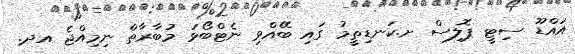
އައްޑޫ ސިޓީ ޕޮލިސް ށ.ކަނޑިތީމު ގައި ބޭއްވި ނެޓްބޯޅަ މުބާރާތް ނިމިއްޖެ އދ.